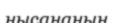
нысананын